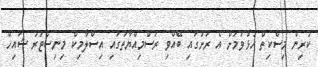
ކުރިން މިސްކިތް ހުޅުވުމަށް އެ ރަށުގައި ބޭއްވި ރަސްމިއްޔާތުގައި އިސްލާމިކް މިނިސްޓަރު ޝައިހް